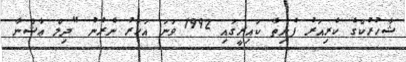
ޝާހުރުކްގެ ކެރިއަރު ފެށިތާ ކައިރީގައި 1992 ވަނަ އަހަރު ނެރުނު "ދިލް ޢާޝްނާ